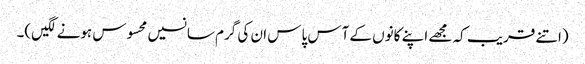
(اتنے قریب کہ مجھے اپنے کانوں کے آس پاس ان کی گرم سانسیں محسوس ہونے لگیں)۔